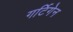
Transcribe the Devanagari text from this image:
गर्टिगेन